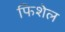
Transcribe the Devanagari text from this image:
फिशेल